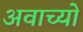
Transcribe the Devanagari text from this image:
अवाच्यो